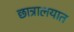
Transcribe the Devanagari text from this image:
छात्रालयात